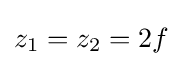
z_{1}=z_{2}=2f